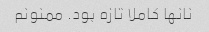
نانها کاملا تازه بود. ممنونم